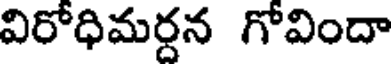
విరోధిమర్దన గోవిందా